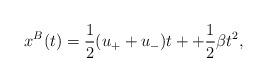
LaTeX: \begin{align*}x^B(t)=\frac{1}{2}(u_++u_-)t++\frac{1}{2}\beta t^2,\end{align*}